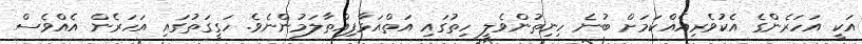
އަކީ އަހަރެންގެ އެކުވެރިއެއްކަމަށް ބުނެ ހިނިތުންވެލީ ހިތުގައި އަތްއަޅާފިއްތާލަމުންނެވެ. ހަގީގަތުގައި އަހަރެން އެއްވެސް